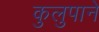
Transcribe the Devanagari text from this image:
कुलुपाने